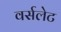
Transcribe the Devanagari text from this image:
वर्सलेट